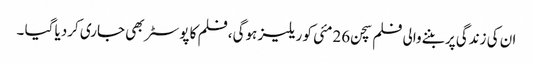
ان کی زندگی پر بننےوالی فلم سچن 26مئی کو ریلیز ہوگی ،فلم کا پوسٹر بھی جاری کردیا گیا ۔